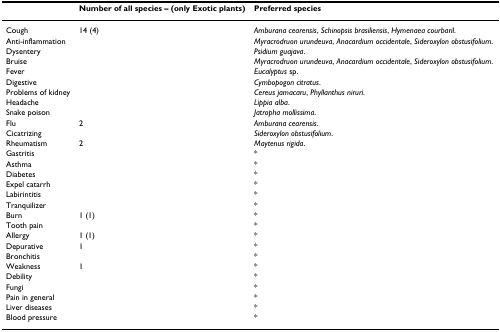
<table><thead><tr><td>[EMPTY_CELL]</td><td><b>Number of all species – (only Exotic plants)</b></td><td><b>Preferred species</b></td></tr></thead><tbody><tr><td>Cough</td><td>14 (4)</td><td><i>Amburana cearensis</i>, <i>Schinopsis brasiliensis</i>, <i>Hymenaea courbaril</i>.</td></tr><tr><td>Anti-inflammation</td><td>[EMPTY_CELL]</td><td><i>Myracrodruon urundeuva</i>, <i>Anacardium occidentale</i>, <i>Sideroxylon obstusifolium</i>.</td></tr><tr><td>Dysentery</td><td>[EMPTY_CELL]</td><td><i>Psidium guajava</i>.</td></tr><tr><td>Bruise</td><td>[EMPTY_CELL]</td><td><i>Myracrodruon urundeuva</i>, <i>Anacardium occidentale</i>, <i>Sideroxylon obstusifolium</i>.</td></tr><tr><td>Fever</td><td>[EMPTY_CELL]</td><td><i>Eucalyptus </i>sp.</td></tr><tr><td>Digestive</td><td>[EMPTY_CELL]</td><td><i>Cymbopogon citratus</i>.</td></tr><tr><td>Problems of kidney</td><td>[EMPTY_CELL]</td><td><i>Cereus jamacaru</i>, <i>Phyllanthus niruri</i>.</td></tr><tr><td>Headache</td><td>[EMPTY_CELL]</td><td><i>Lippia alba</i>.</td></tr><tr><td>Snake poison</td><td>[EMPTY_CELL]</td><td><i>Jatropha mollissima</i>.</td></tr><tr><td>Flu</td><td>2</td><td><i>Amburana cearensis</i>.</td></tr><tr><td>Cicatrizing</td><td>[EMPTY_CELL]</td><td><i>Sideroxylon obstusifolium</i>.</td></tr><tr><td>Rheumatism</td><td>2</td><td><i>Maytenus rigida</i>.</td></tr><tr><td>Gastritis</td><td>[EMPTY_CELL]</td><td>*</td></tr><tr><td>Asthma</td><td>[EMPTY_CELL]</td><td>*</td></tr><tr><td>Diabetes</td><td>[EMPTY_CELL]</td><td>*</td></tr><tr><td>Expel catarrh</td><td>[EMPTY_CELL]</td><td>*</td></tr><tr><td>Labirintitis</td><td>[EMPTY_CELL]</td><td>*</td></tr><tr><td>Tranquilizer</td><td>[EMPTY_CELL]</td><td>*</td></tr><tr><td>Burn</td><td>1 (1)</td><td>*</td></tr><tr><td>Tooth pain</td><td>[EMPTY_CELL]</td><td>*</td></tr><tr><td>Allergy</td><td>1 (1)</td><td>*</td></tr><tr><td>Depurative</td><td>1</td><td>*</td></tr><tr><td>Bronchitis</td><td>[EMPTY_CELL]</td><td>*</td></tr><tr><td>Weakness</td><td>1</td><td>*</td></tr><tr><td>Debility</td><td>[EMPTY_CELL]</td><td>*</td></tr><tr><td>Fungi</td><td>[EMPTY_CELL]</td><td>*</td></tr><tr><td>Pain in general</td><td>[EMPTY_CELL]</td><td>*</td></tr><tr><td>Liver diseases</td><td>[EMPTY_CELL]</td><td>*</td></tr><tr><td>Blood pressure</td><td>[EMPTY_CELL]</td><td>*</td></tr></tbody></table>